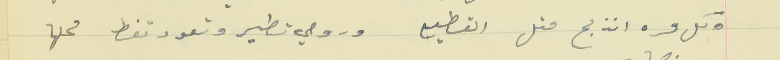
وكل مره انذبح متل القطيع                    وروحي تطير وتعود تغط محلها